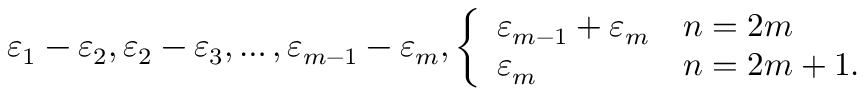
\varepsilon _ { 1 } - \varepsilon _ { 2 } , \varepsilon _ { 2 } - \varepsilon _ { 3 } , \ldots , \varepsilon _ { m - 1 } - \varepsilon _ { m } , \left\{ { \begin{array} { l l } { \varepsilon _ { m - 1 } + \varepsilon _ { m } } & { n = 2 m } \\ { \varepsilon _ { m } } & { n = 2 m + 1 . } \end{array} } \right.